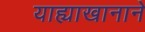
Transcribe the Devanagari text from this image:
याह्याखानाने